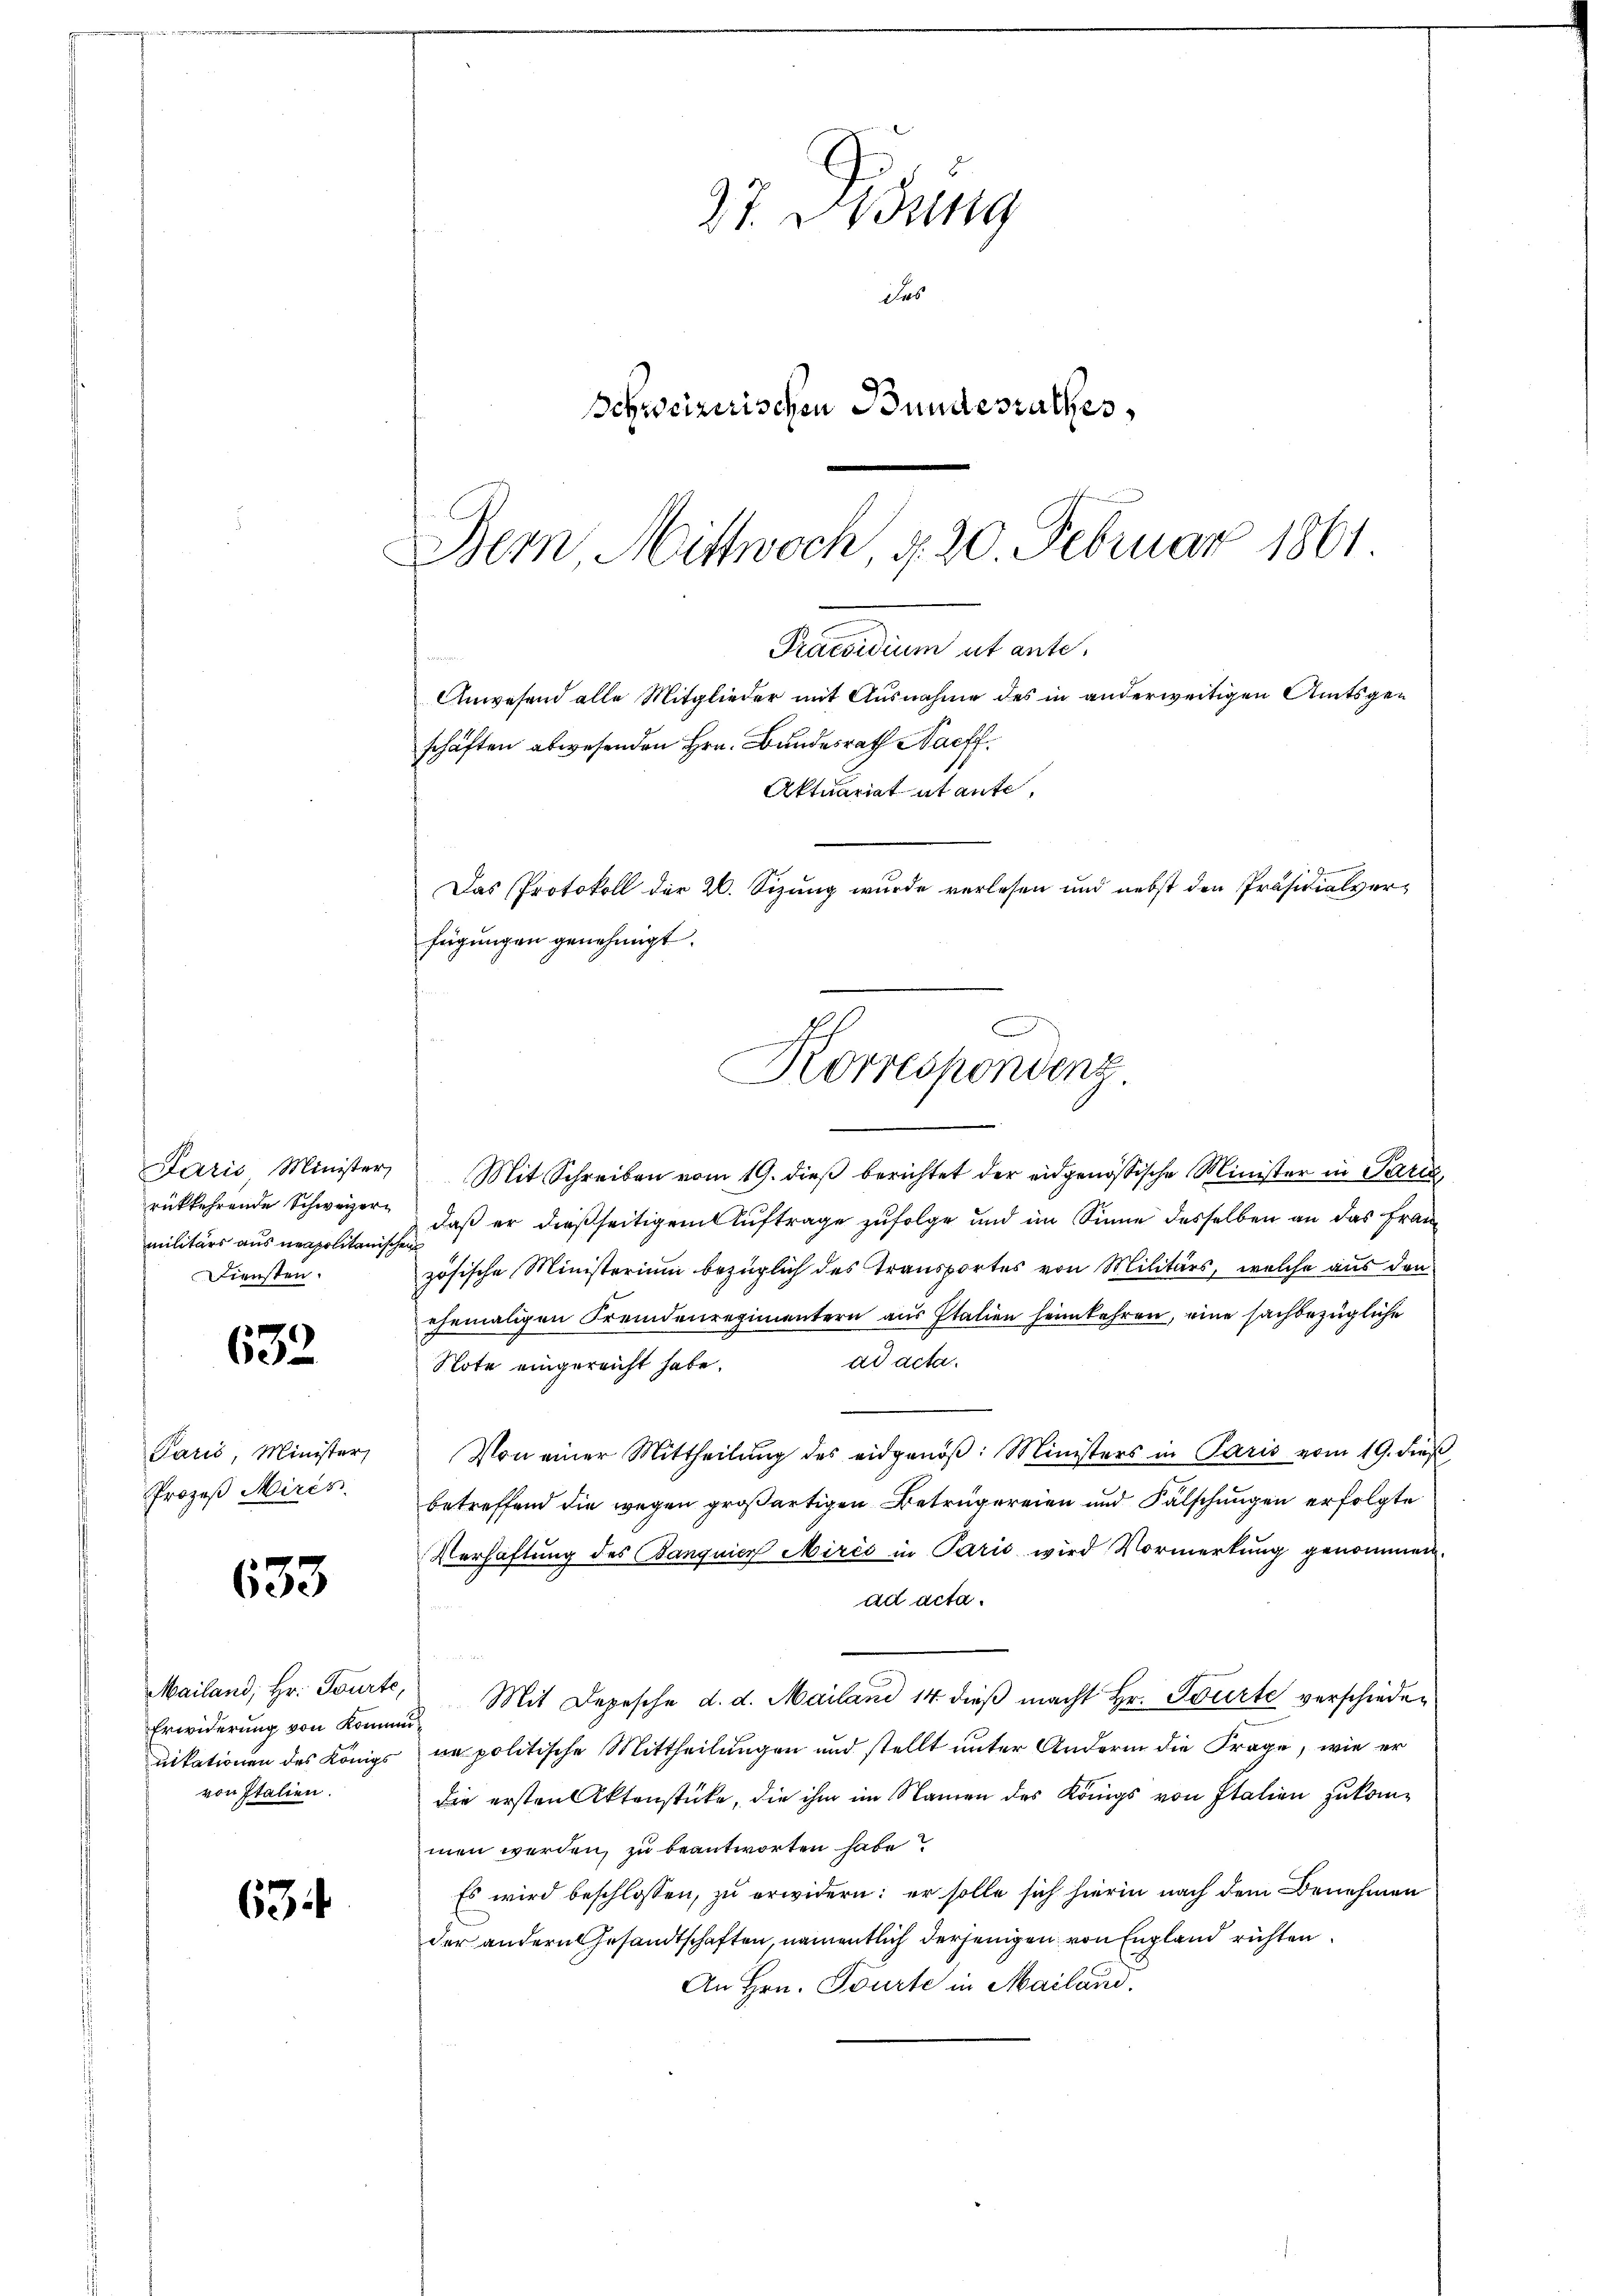
Paris Minister,
rükkehrende Schweizermilitärs aus neapolitanischen
Diensten.

632

Paris, Minister,
Prozeß Mircs.

633

Mailand, Hr. Tourte,
Erwiderung von Komme
uikationen des Königs
von Italien.

63

37. Disung
Das
Schweizerischen Bundesrathes,

Bern Mittwoch, § 20. Februar 1861
Praesidium ut ante.
Anwesend alle Mitglieder mit Ausnahme des in anderweitigen Amtsgeschäften abwesenden Hrn. Bundesrath Naeff.
Aktuariat et aufe,
Das Protokoll der 20. Sizung wurde verlesen und nebst den Präsidialverfügungen genehmigt.
esen weiten
Korrespondenz

Mit Schreiben vom 19. dieß berichtet der eidgenössische Minister in Paris,
daß er dießseitigem Auftrage zufolge und im Sinne desselben an das Frau
zösische Ministerium bezüglich des Transportes von Militärs, welche aus den
ehemaligen Fremdenregimentern aus Italien heimkehren, eine sachbezügliche
ad acta.
Note eingereicht habe.
Von einer Mittheilung des eidgenoß: Ministers in Paris vom 19. dieß
betreffend die wegen großartigen Betrügereien und Fälschungen erfolgte
Verhaftung des Banguier Mirés in Paris wird Vormerkung genommen.
ad acta.
 Mit Depesche d. d. Mailand 14 dieβ macht Hr. Tourte verschiedeve politische Mittheilungen und stellt unter Andern die Frage, wie er
die ersten Aktenstücke, die ihm im Namen des Königs von Italien zukommen werden, zu beantworten habe?
Es wird beschlossen, zu erwidern: er solle sich hierin nach dem Benehmen
der andern Gesandtschaften, namentlich derjenigen von England richten.
An Hrn. Tourte in Mailand.